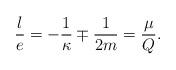
LaTeX: \begin{align*}\frac{l}{e} = - \frac{1}{\kappa} \mp \frac{1}{2m} = \frac{\mu}{Q}.\end{align*}